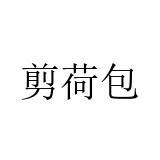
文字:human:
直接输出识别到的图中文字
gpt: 剪荷包